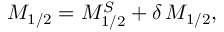
M _ { 1 / 2 } = M _ { 1 / 2 } ^ { S } + \delta \, M _ { 1 / 2 } ,